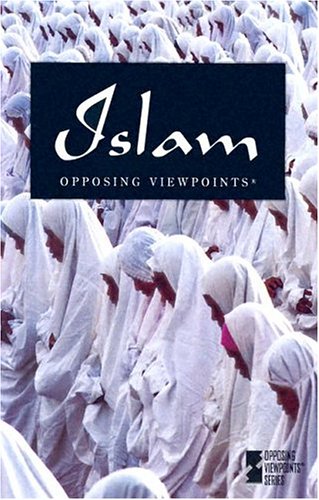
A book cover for Islam (Opposing Viewpoints Series); Teen & Young Adult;